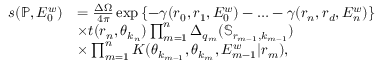
\begin{array} { r l } { s ( \mathbb { P } , E _ { 0 } ^ { w } ) } & { = \frac { \Delta \Omega } { 4 \pi } \exp \left\{ - \gamma ( \boldsymbol { r } _ { 0 } , \boldsymbol { r } _ { 1 } , E _ { 0 } ^ { w } ) - \ldots - \gamma ( \boldsymbol { r } _ { n } , \boldsymbol { r } _ { d } , E _ { n } ^ { w } ) \right\} } \\ & { \times t ( \boldsymbol { r } _ { n } , \boldsymbol { \theta } _ { k _ { n } } ) \prod _ { m = 1 } ^ { n } \Delta _ { q _ { m } } ( \mathbb { S } _ { \boldsymbol { r } _ { m - 1 } , k _ { m - 1 } } ) } \\ & { \times \prod _ { m = 1 } ^ { n } K ( \boldsymbol { \theta } _ { k _ { m - 1 } } , \boldsymbol { \theta } _ { k _ { m } } , E _ { m - 1 } ^ { w } | \boldsymbol { r } _ { m } ) , } \end{array}